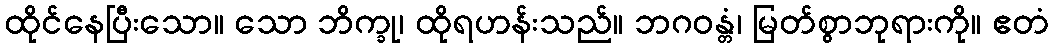
ထိုင်နေပြီးသော။ သော ဘိက္ခု၊ ထိုရဟန်းသည်။ ဘဂဝန္တံ၊ မြတ်စွာဘုရားကို။ ဧတံ